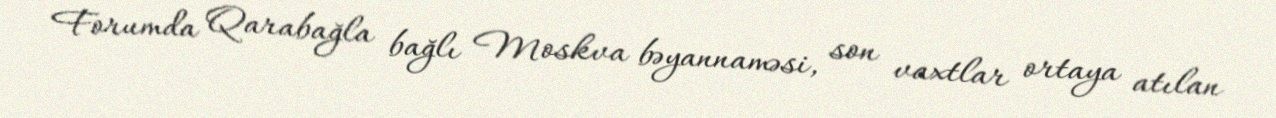
Forumda Qarabağla bağlı Moskva bəyannaməsi, son vaxtlar ortaya atılan